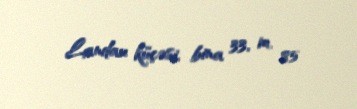
Landau küçəsi, bina 33, m. 85